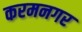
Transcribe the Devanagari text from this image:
करमनगर